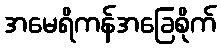
အမေရိကန်အခြေစိုက်